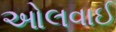
ઓલવાઈ